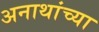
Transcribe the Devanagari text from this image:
अनाथांच्या